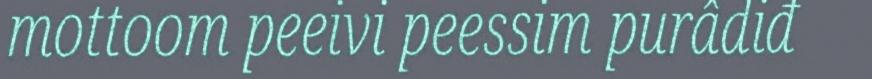
mottoom peeivi peessim purâdiđ